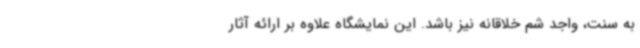
به سنت، واجد شم خلاقانه نیز باشد. این نمایشگاه علاوه بر ارائه آثار